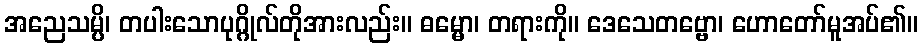
အညေသမ္ပိ၊ တပါးသောပုဂ္ဂိုလ်တိုအားလည်း။ ဓမ္မော၊ တရားကို။ ဒေသေတဗ္ဗော၊ ဟောတော်မူအပ်၏။